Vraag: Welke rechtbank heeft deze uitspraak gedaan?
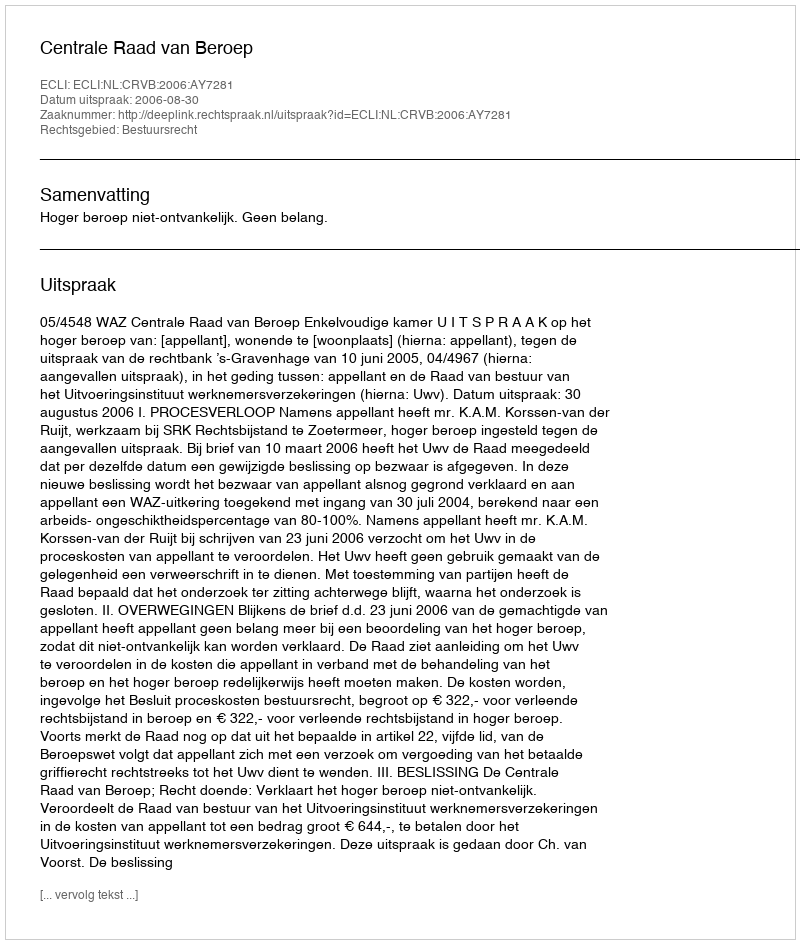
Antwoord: Centrale Raad van Beroep